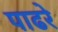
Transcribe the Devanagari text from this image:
पाढरे